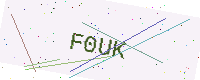
Text: F0UK